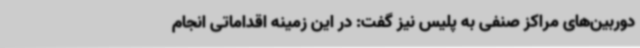
دوربین‌های مراکز صنفی به پلیس نیز گفت: در این زمینه اقداماتی انجام